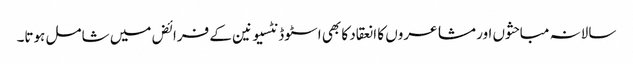
سالانہ مباحثوں اور مشاعروں کا انعقاد کا بھی اسٹوڈنٹسیونین کے فرائض میں شامل ہوتا۔